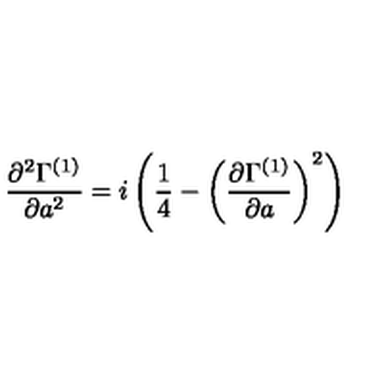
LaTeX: { \frac { \partial ^ { 2 } \Gamma ^ { ( 1 ) } } { \partial a ^ { 2 } } } = i \left( { \frac { 1 } { 4 } } - \left( { \frac { \partial \Gamma ^ { ( 1 ) } } { \partial a } } \right) ^ { 2 } \right)